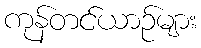
ကုန်တင်ယာဉ်များ